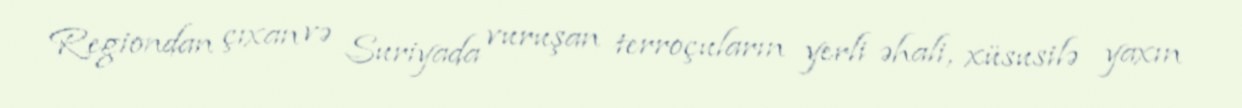
Regiondan çıxan və Suriyada vuruşan terroçuların yerli əhali, xüsusilə yaxın